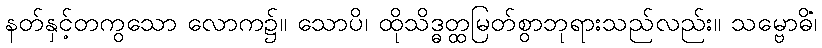
နတ်နှင့်တကွသော လောက၌။ သောပိ၊ ထိုသိဒ္ဓတ္ထမြတ်စွာဘုရားသည်လည်း။ သမ္ဗောဓိံ၊